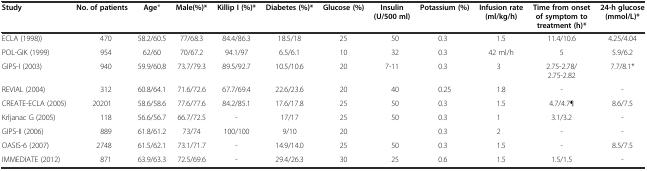
<table><thead><tr><td><b>Study</b></td><td><b>No. of patients</b></td><td><b>Age*</b></td><td><b>Male(%)*</b></td><td><b>Killip I (%)*</b></td><td><b>Diabetes (%)*</b></td><td><b>Glucose (%)</b></td><td><b>Insulin (U/500 ml)</b></td><td><b>Potassium (%)</b></td><td><b>Infusion rate (ml/kg/h)</b></td><td><b>Time from onset of symptom to treatment (h)*</b></td><td><b>24-h glucose (mmol/L)*</b></td></tr></thead><tbody><tr><td>ECLA (1998))</td><td>470</td><td>58.2/60.5</td><td>77/68.3</td><td>84.4/86.3</td><td>18.5/18</td><td>25</td><td>50</td><td>0.3</td><td>1.5</td><td>11.4/10.6</td><td>4.25/4.04</td></tr><tr><td>POL-GIK (1999)</td><td>954</td><td>62/60</td><td>70/67.2</td><td>94.1/97</td><td>6.5/6.1</td><td>10</td><td>32</td><td>0.3</td><td>42 ml/h</td><td>5</td><td>5.9/6.2</td></tr><tr><td>GIPS-I (2003)</td><td>940</td><td>59.9/60.8</td><td>73.7/79.3</td><td>89.5/92.7</td><td>10.5/10.6</td><td>20</td><td>7-11</td><td>0.3</td><td>3</td><td>2.75-2.78/2.75-2.82</td><td>7.7/8.1*</td></tr><tr><td>REVIAL (2004)</td><td>312</td><td>60.8/64.1</td><td>71.6/72.6</td><td>67.7/69.4</td><td>22.6/23.6</td><td>20</td><td>40</td><td>0.25</td><td>1.8</td><td>-</td><td>-</td></tr><tr><td>CREATE-ECLA (2005)</td><td>20201</td><td>58.6/58.6</td><td>77.6/77.6</td><td>84.2/85.1</td><td>17.6/17.8</td><td>25</td><td>50</td><td>0.3</td><td>1.5</td><td>4.7/4.7¶</td><td>8.6/7.5</td></tr><tr><td>Krljanac G (2005)</td><td>118</td><td>56.6/56.7</td><td>66.7/72.5</td><td>-</td><td>17/17</td><td>25</td><td>50</td><td>0.3</td><td>1</td><td>3.1/3.2</td><td>-</td></tr><tr><td>GIPS-II (2006)</td><td>889</td><td>61.8/61.2</td><td>73/74</td><td>100/100</td><td>9/10</td><td>20</td><td></td><td>0.3</td><td>2</td><td>-</td><td>-</td></tr><tr><td>OASIS-6 (2007)</td><td>2748</td><td>61.5/62.1</td><td>73.1/71.7</td><td>-</td><td>14.9/14.0</td><td>25</td><td>50</td><td>0.3</td><td>1.5</td><td>-</td><td>8.5/7.5</td></tr><tr><td>IMMEDIATE (2012)</td><td>871</td><td>63.9/63.3</td><td>72.5/69.6</td><td>-</td><td>29.4/26.3</td><td>30</td><td>25</td><td>0.6</td><td>1.5</td><td>1.5/1.5</td><td>-</td></tr></tbody></table>